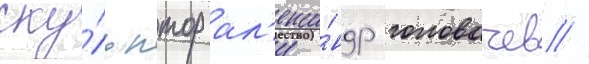
ску́льптор ал'екса́ндр головачев //